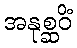
အနုစ္ဆဝိံ